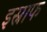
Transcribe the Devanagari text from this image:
इस्नाफ